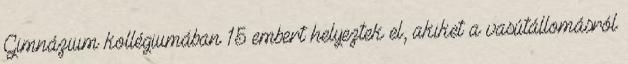
Gimnázium kollégiumában 15 embert helyeztek el, akiket a vasútállomásról